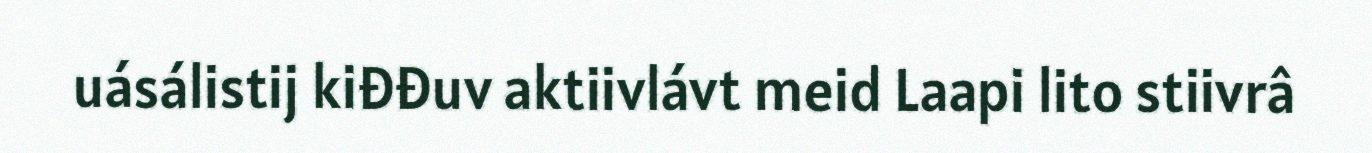
uásálistij kiđđuv aktiivlávt meid Laapi lito stiivrâ